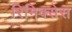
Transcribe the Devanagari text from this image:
रिमिक्सेस